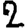
Digit: 2